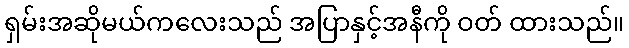
ရှမ်းအဆိုမယ်ကလေးသည် အပြာနှင့်အနီကို ဝတ် ထားသည်။